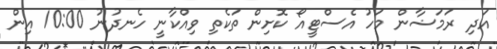
އަދި ރަމަޟާން މަހު އެސްޓީއޯ ކޮށިން ތަކެތި ވިއްކާނީ ހެނދުނު 10:00 އިން